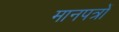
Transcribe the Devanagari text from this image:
मानपत्रों